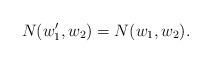
LaTeX: \begin{align*}N(w'_1,w_2)=N(w_1,w_2).\end{align*}